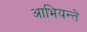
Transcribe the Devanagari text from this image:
आभियन्ते